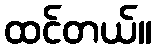
ထင်တယ်။